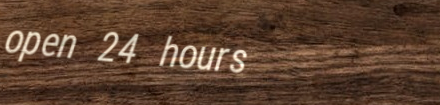
open 24 hours